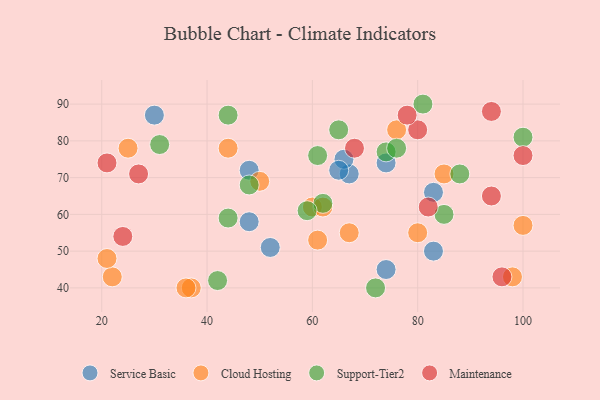
{"axis": {"x": "GDP", "y": "Life Expectancy"}, "legend": ["Cloud Hosting", "Maintenance", "Service Basic", "Support-Tier2"], "data": [{"x": "74", "y": 74, "type": "Service Basic"}, {"x": "52", "y": 51, "type": "Service Basic"}, {"x": "83", "y": 50, "type": "Service Basic"}, {"x": "83", "y": 66, "type": "Service Basic"}, {"x": "67", "y": 71, "type": "Service Basic"}, {"x": "66", "y": 75, "type": "Service Basic"}, {"x": "65", "y": 72, "type": "Service Basic"}, {"x": "48", "y": 58, "type": "Service Basic"}, {"x": "48", "y": 72, "type": "Service Basic"}, {"x": "30", "y": 87, "type": "Service Basic"}, {"x": "74", "y": 45, "type": "Service Basic"}, {"x": "100", "y": 57, "type": "Cloud Hosting"}, {"x": "37", "y": 40, "type": "Cloud Hosting"}, {"x": "76", "y": 83, "type": "Cloud Hosting"}, {"x": "61", "y": 53, "type": "Cloud Hosting"}, {"x": "80", "y": 55, "type": "Cloud Hosting"}, {"x": "44", "y": 78, "type": "Cloud Hosting"}, {"x": "98", "y": 43, "type": "Cloud Hosting"}, {"x": "22", "y": 43, "type": "Cloud Hosting"}, {"x": "25", "y": 78, "type": "Cloud Hosting"}, {"x": "67", "y": 55, "type": "Cloud Hosting"}, {"x": "60", "y": 62, "type": "Cloud Hosting"}, {"x": "21", "y": 48, "type": "Cloud Hosting"}, {"x": "85", "y": 71, "type": "Cloud Hosting"}, {"x": "62", "y": 62, "type": "Cloud Hosting"}, {"x": "36", "y": 40, "type": "Cloud Hosting"}, {"x": "50", "y": 69, "type": "Cloud Hosting"}, {"x": "42", "y": 42, "type": "Support-Tier2"}, {"x": "48", "y": 68, "type": "Support-Tier2"}, {"x": "81", "y": 90, "type": "Support-Tier2"}, {"x": "74", "y": 77, "type": "Support-Tier2"}, {"x": "85", "y": 60, "type": "Support-Tier2"}, {"x": "88", "y": 71, "type": "Support-Tier2"}, {"x": "44", "y": 59, "type": "Support-Tier2"}, {"x": "44", "y": 87, "type": "Support-Tier2"}, {"x": "61", "y": 76, "type": "Support-Tier2"}, {"x": "65", "y": 83, "type": "Support-Tier2"}, {"x": "100", "y": 81, "type": "Support-Tier2"}, {"x": "31", "y": 79, "type": "Support-Tier2"}, {"x": "72", "y": 40, "type": "Support-Tier2"}, {"x": "76", "y": 78, "type": "Support-Tier2"}, {"x": "62", "y": 63, "type": "Support-Tier2"}, {"x": "59", "y": 61, "type": "Support-Tier2"}, {"x": "82", "y": 62, "type": "Maintenance"}, {"x": "27", "y": 71, "type": "Maintenance"}, {"x": "68", "y": 78, "type": "Maintenance"}, {"x": "24", "y": 54, "type": "Maintenance"}, {"x": "94", "y": 65, "type": "Maintenance"}, {"x": "80", "y": 83, "type": "Maintenance"}, {"x": "78", "y": 87, "type": "Maintenance"}, {"x": "100", "y": 76, "type": "Maintenance"}, {"x": "94", "y": 88, "type": "Maintenance"}, {"x": "96", "y": 43, "type": "Maintenance"}, {"x": "21", "y": 74, "type": "Maintenance"}]}